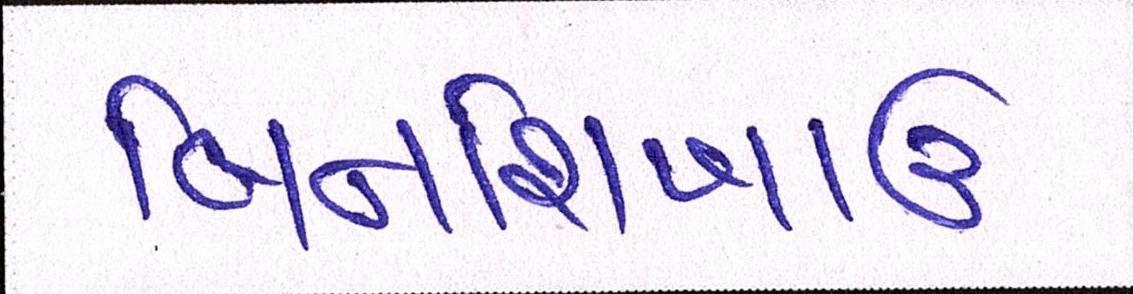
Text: બિનશિખાઉ